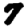
Digit: 7